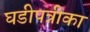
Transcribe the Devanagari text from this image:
घडीपत्रीका